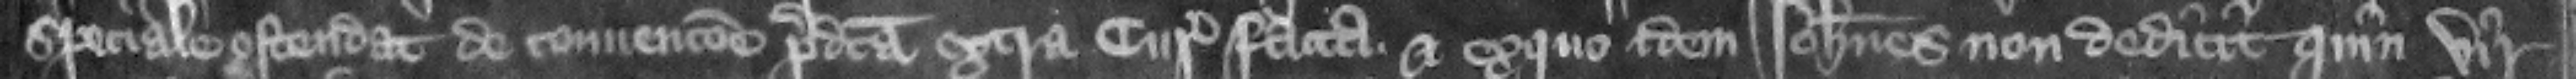
speciale ostendat de conuencione predicta extra curiam facta. Et ex quo idem Iohannes non dedicit quin vir